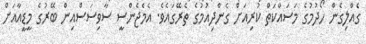
ގެއްލިގެން ހޯދުމުގެ މަސައްކަތް ކުރިއަށް ގެންދިއުމުގެ ތެރޭގައެވެ. އެމެޖެންސީ ސާވިސަސްއިން ބޭރުގެ މީޑީއާއަށް